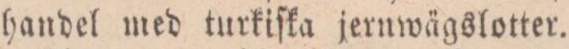
handel med turkiſka jernwägslotter.